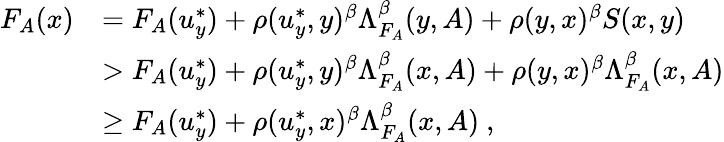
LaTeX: \begin{array}{rl}{F_{A}(x)}&{=F_{A}(u_{y}^{*})+\rho(u_{y}^{*},y)^{\beta}\Lambda_{F_{A}}^{\beta}(y,A)+\rho(y,x)^{\beta}S(x,y)}\\ &{>F_{A}(u_{y}^{*})+\rho(u_{y}^{*},y)^{\beta}\Lambda_{F_{A}}^{\beta}(x,A)+\rho(y,x)^{\beta}\Lambda_{F_{A}}^{\beta}(x,A)}\\ &{\geq F_{A}(u_{y}^{*})+\rho(u_{y}^{*},x)^{\beta}\Lambda_{F_{A}}^{\beta}(x,A)~,}\end{array}